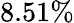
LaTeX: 8.51\%